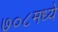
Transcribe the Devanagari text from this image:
७०८मध्ये